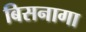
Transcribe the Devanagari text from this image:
बिसनागा